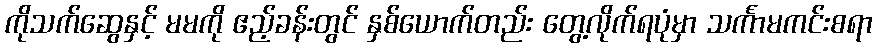
ကိုသက်ဆွေနှင့် မမကို ဧည့်ခန်းတွင် နှစ်ယောက်တည်း တွေ့လိုက်ရပုံမှာ သင်္ကာမကင်းစရာ